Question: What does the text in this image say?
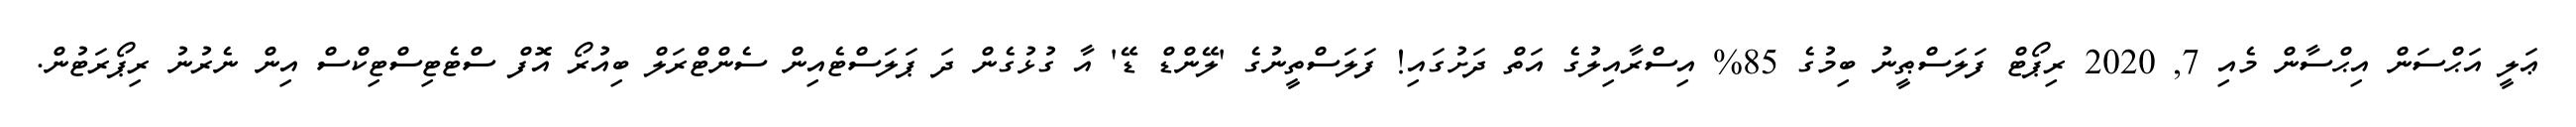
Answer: ޢަލީ އަޙްސަން އިޙްސާން މެއި 7, 2020 ރިޕޯޓް ފަލަސްޠީނު ބިމުގެ 85% އިސްރާއިލުގެ އަތް ދަށުގައި! ފަލަސްތީނުގެ 'ލޭންޑް ޑޭ' އާ ގުޅުގެން ދަ ޕަލަސްޓެއިން ސެންޓްރަލް ބިއުރޯ އޮފް ސްޓެޓިސްޓިކްސް އިން ނެރުނު ރިޕޯރަޓުން.